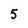
Character: 5